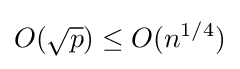
O({\sqrt {p}})\leq O(n^{1/4})